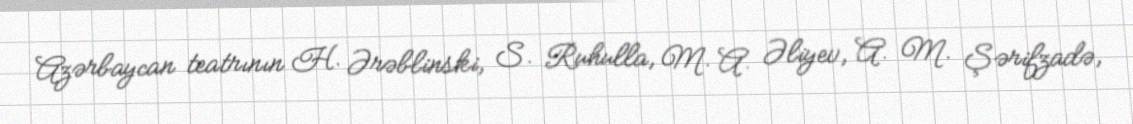
Azərbaycan teatrının H. Ərəblinski, S. Ruhulla, M. A. Əliyev, A. M. Şərifzadə,